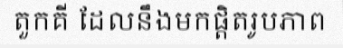
តួកគី ដែលនឹងមកផ្តិតរូបភាព